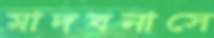
মাদবনাসে